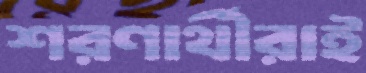
শরণার্থীরাই